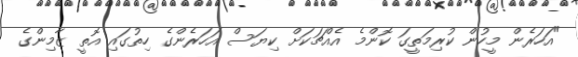
"އަހަރެން މީހުން ކުރިމަތީގަ ކޮންމެ އެއްޗަކަށް ކިޔަސް އަހަރެންގެ ހިތުގައި އޮތީ ޒާމިންގެ